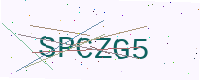
Text: SPCZG5